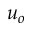
u _ { o }